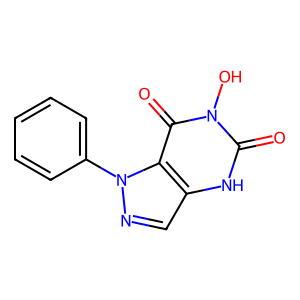
SMILES: O=c1[nH]c2cnn(-c3ccccc3)c2c(=O)n1O
Inhibits HIV replication: No